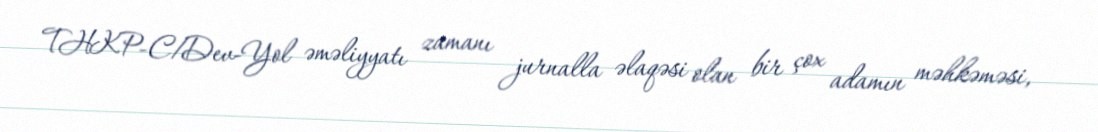
THKP-C/Dev-Yol əməliyyatı zamanı jurnalla əlaqəsi olan bir çox adamın məhkəməsi,